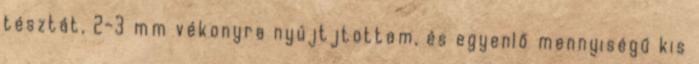
tésztát, 2-3 mm vékonyra nyújtjtottam, és egyenlő mennyiségű kis